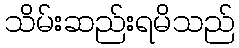
သိမ်းဆည်းရမိသည်